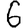
Digit: 6